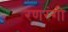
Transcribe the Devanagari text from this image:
रणरंगी